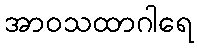
အာဝသထာဂါရေ